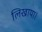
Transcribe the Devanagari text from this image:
लिखाया।